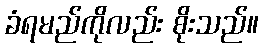
ခံရမည်ကိုလည်း စိုးသည်။